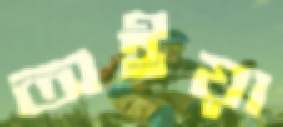
অইয়া